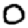
Digit: 0